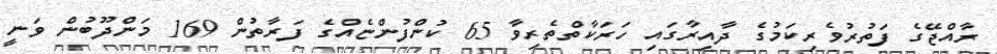
ރާއްޖޭގެ ފަތުރުވެރިކަމުގެ ދާއިރާގައި ހަރަކާތްތެރިވާ 65 ކުންފުންޏެއްގެ ފަރާތުން 169 މަންދޫބުން ވަނީ